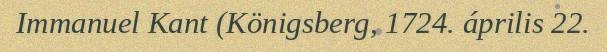
Immanuel Kant (Königsberg, 1724. április 22.